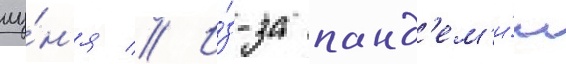
иу́н'я // И́з-за панд'ем'и́и